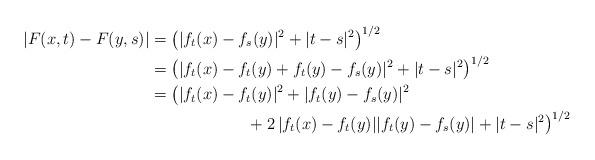
LaTeX: \begin{align*}|F(x,t)-F(y,s)|&=\big(|f_t(x)-f_s(y)|^2+|t-s|^2\big)^{1/2}\\&=\big(|f_t(x)-f_t(y)+f_t(y)-f_s(y)|^2+|t-s|^2\big)^{1/2}\\&=\big(|f_t(x)-f_t(y)|^2+|f_t(y)-f_s(y)|^2\\&\qquad\qquad\qquad+2\,|f_t(x)-f_t(y)||f_t(y)-f_s(y)|+|t-s|^2\big)^{1/2}\end{align*}